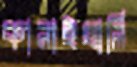
কানাইখালি